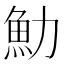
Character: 𩵓